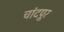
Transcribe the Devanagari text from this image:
चांदपूर